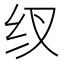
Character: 𮵿